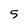
Character: 5